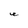
Character: e